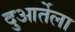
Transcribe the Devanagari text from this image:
दुआर्तेला